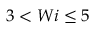
3 < W i \leq 5